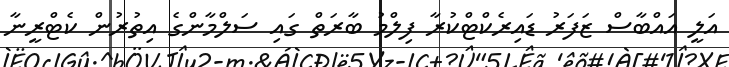
އަލީ އައްބާސް ޒަފަރު ޑައިރެކްޓްކުރާ ފިލްމު ބާރަތް ގައި ސަލްމާންގެ އިތުރުން ކެޓްރީނާ